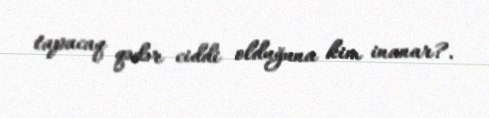
tapacaq qədər ciddi olduğuna kim inanar?.